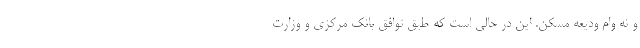
و نه وام ودیعه مسکن. این در حالی است که طبق توافق بانک مرکزی و وزارت